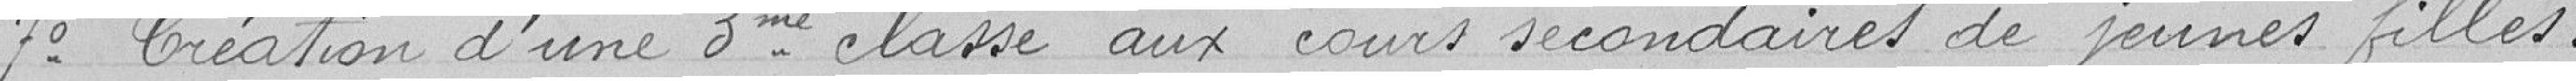
7° Création d'une 3ème classe aux cours secondaires de jeunes filles.